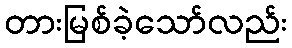
တားမြစ်ခဲ့သော်လည်း